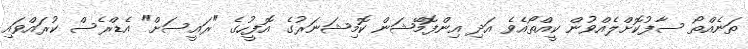
ތަނެއްތޯ ސާފުކޮށްލެއްވުން ކީއްތޯއެވެ އަދި އިންފޮމޭޝަން ކޮމިޝަނަރުގެ އޮފީހުގެ "ރައީސަށް" އެޑްރެސް ކުރައްވައި